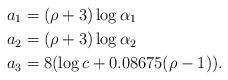
LaTeX: \begin{align*}a_1&=(\rho+3)\log \alpha_1\\a_2&=(\rho+3)\log \alpha_2\\a_3&=8(\log c+0.08675(\rho-1)).\end{align*}